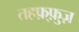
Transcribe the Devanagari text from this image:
तहफ़्फ़ुज़